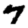
Digit: 7